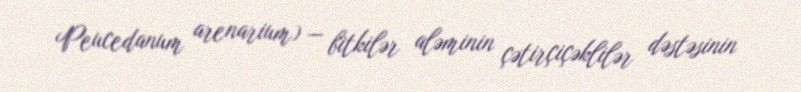
Peucedanum arenarium) — bitkilər aləminin çətirçiçəklilər dəstəsinin